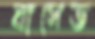
বাসেড